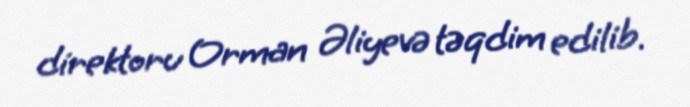
direktoru Orman Əliyevə təqdim edilib.